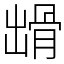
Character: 𩨳